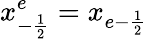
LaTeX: x_{-\frac{1}{2}}^{e}=x_{e-\frac{1}{2}}